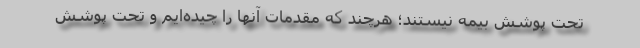
تحت پوشش بیمه نیستند؛ هرچند که مقدمات آنها را چیده‌ایم و تحت پوشش